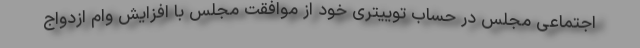
اجتماعی مجلس در حساب توییتری خود از موافقت مجلس با افزایش وام ازدواج